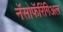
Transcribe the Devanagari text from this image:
नॅसोफॅरिंगिअल